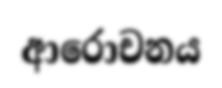
ආරොචනය